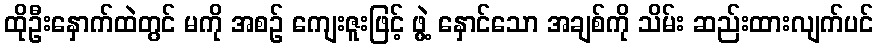
ထိုဦးနှောက်ထဲတွင် မကို အစဉ် ကျေးဇူးဖြင့် ဖွဲ့ နှောင်သော အချစ်ကို သိမ်း ဆည်းထားလျက်ပင်